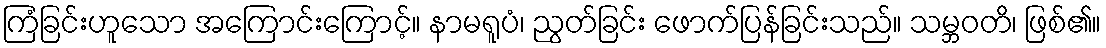
ကြံခြင်းဟူသော အကြောင်းကြောင့်။ နာမရူပံ၊ ညွတ်ခြင်း ဖောက်ပြန်ခြင်းသည်။ သမ္ဘဝတိ၊ ဖြစ်၏။